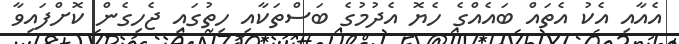
އެއާއި އެކު އެތައް ބައެއްގެ ހެޔޮ އެދުމުގެ ބަސްތަކާއި ހިތުގައި ޖެހިގެން ކޮށްފައިވާ